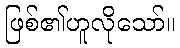
ဖြစ်၏ဟူလိုသော်။